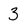
Character: 3